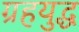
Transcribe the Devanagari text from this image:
ग्रहयुद्ध